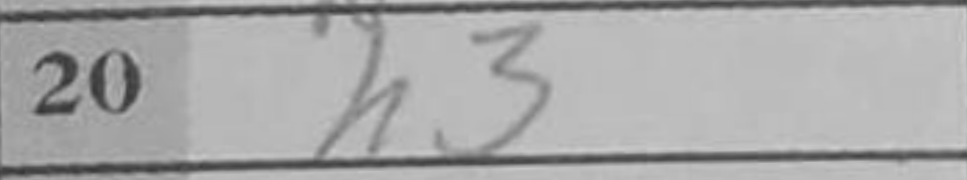
Transcription: h3